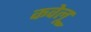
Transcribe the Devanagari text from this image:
कवेलू